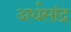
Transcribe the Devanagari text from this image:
अर्धसांद्र